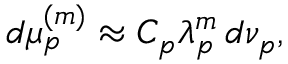
d \mu _ { p } ^ { ( m ) } \approx C _ { p } \lambda _ { p } ^ { m } \, d \nu _ { p } ,